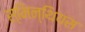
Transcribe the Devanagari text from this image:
स्मिन्थियस